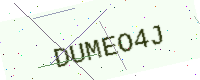
Text: DUMEO4J